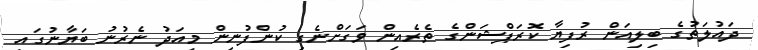
ދައުލަތުގެ ބިލިއަން ރުފިޔާ ކޮރަޕްޝަންގެ ތެރެއިން ވަގަށްނެގި ކުންފުނިން މިއަދު ނެރުނު ބަޔާނުގައި